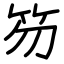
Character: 笏